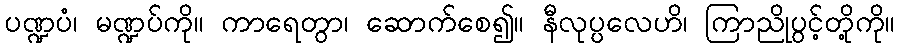
ပဏ္ဍပံ၊ မဏ္ဍပ်ကို။ ကာရေတွာ၊ ဆောက်စေ၍။ နီလုပ္ပလေဟိ၊ ကြာညိုပွင့်တို့ကို။